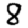
Digit: 8